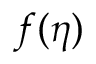
f ( \eta )